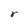
Character: r